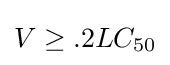
V\geq .2LC_{50}